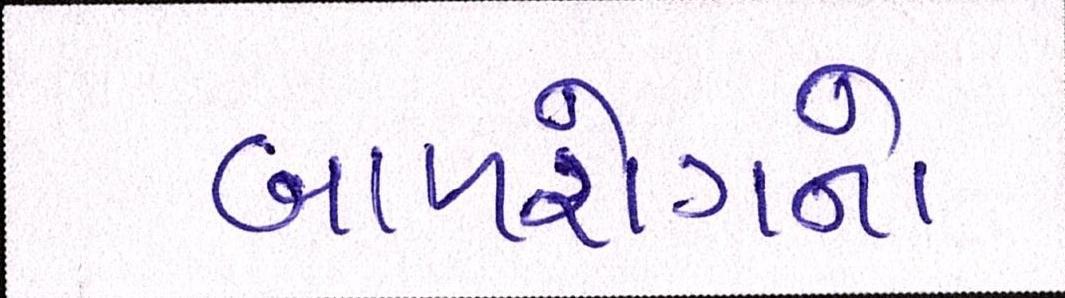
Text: બાળરોગનો